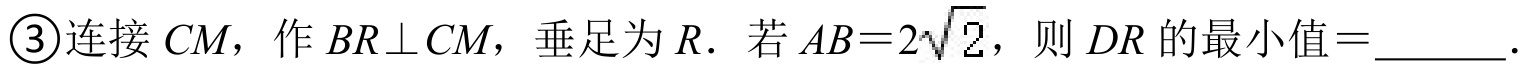
\textcircled{3}连接\(CM\)，作\(BR\perp CM\)，垂足为\(R\)．若\(AB = 2\sqrt{2}\)，则\(DR\)的最小值\(=\)_______．